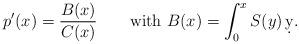
LaTeX: \begin{align*} p'(x)&= \frac{B(x)}{C(x)} \qquad\mbox{with } B(x) = \int_0^x S(y)\, \d y.\end{align*}